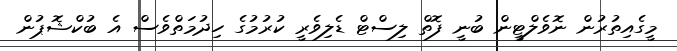
މީގެއިތުރުން ނޮވެލްޓީން ބުނީ ފޮތް ލިސްޓް ޑެލިވެރީ ކުރުމުގެ ހިދުމަތްވެސް އެ ބުކްޝޮޕުން